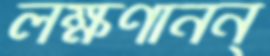
লক্ষণানন্